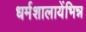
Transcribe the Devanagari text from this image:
धर्मशालायेंभिन्न